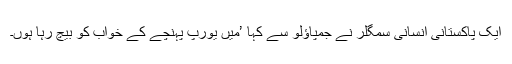
ایک پاکستانی انسانی سمگلر نے جمپاؤلو سے کہا ’میں یورپ پہنچے کے خواب کو بیچ رہا ہوں۔